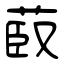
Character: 菣